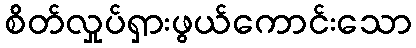
စိတ်လှုပ်ရှားဖွယ်ကောင်းသော